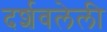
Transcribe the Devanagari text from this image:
दर्शवलेली